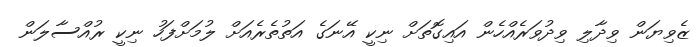
ޒެވިޔަން ވިދާލި ވިދުވަރެއްހެން އައިގޮތަށް ނިކީ އޭނަގެ އަތުތެރެއަށް ލުމަށްފަހު ނިކީ ރުއްސާލަން